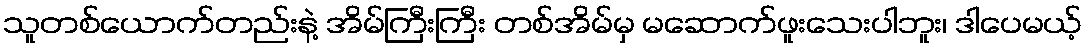
သူတစ်ယောက်တည်းနဲ့ အိမ်ကြီးကြီး တစ်အိမ်မှ မဆောက်ဖူးသေးပါဘူး၊ ဒါပေမယ့်